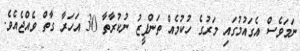
ނަމަވެސް އެގައުމުގައި މަރުގެ ހުކުމެއް ތަންފީޒު ނުކުރާތާ 30 އަހަރާ ގާތް ވެއްޖެއެވެ.